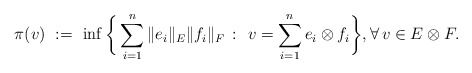
\begin{align*}\pi(v) \ := \ \inf\bigg\{\sum_{i=1}^n \|e_i\|_E\|f_i\|_F \ \colon \ v = \sum_{i=1}^n e_i\otimes f_i\bigg\}, \forall\,v\in E\otimes F.\end{align*}